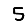
Digit: 5